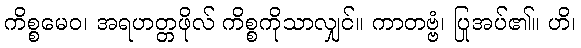
ကိစ္စမေဝ၊ အရဟတ္တဖိုလ် ကိစ္စကိုသာလျှင်။ ကာတဗ္ဗံ၊ ပြုအပ်၏။ ဟိ၊